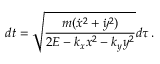
d t = \sqrt { \frac { m ( \dot { x } ^ { 2 } + \dot { y } ^ { 2 } ) } { 2 E - k _ { x } x ^ { 2 } - k _ { y } y ^ { 2 } } } d \tau \, .